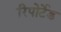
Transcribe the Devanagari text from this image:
रिपोर्टेड